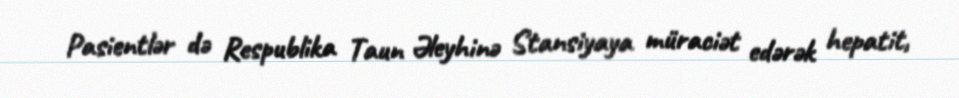
Pasientlər də Respublika Taun Əleyhinə Stansiyaya müraciət edərək hepatit,